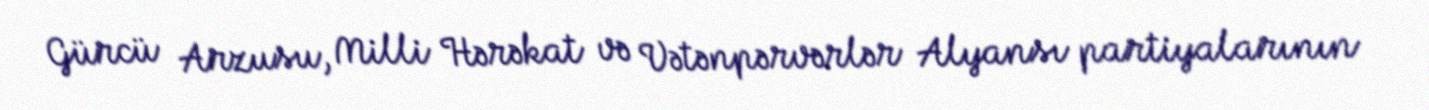
Gürcü Arzusu, Milli Hərəkat və Vətənpərvərlər Alyansı partiyalarının